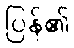
ပြန်၏